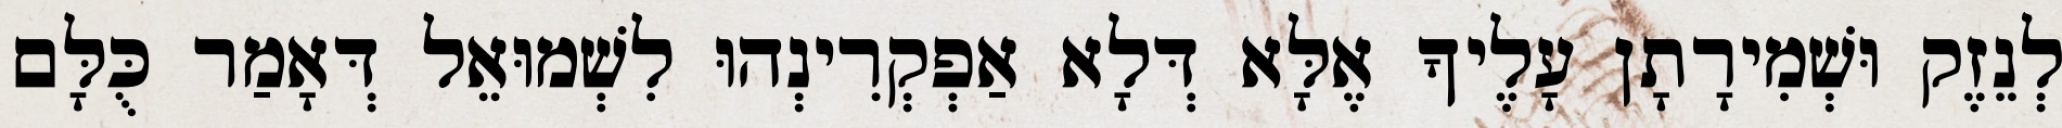
לְנֵזֶק וּשְׁמִירָתָן עָלֶיךָ אֶלָּא דְּלָא אַפְקְרִינְהוּ לִשְׁמוּאֵל דְּאָמַר כֻּלָּם